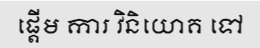
ផ្តើម ការ វិនិយោគ ទៅ